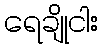
ရေချိုငါး